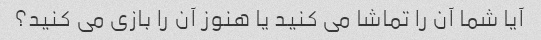
آیا شما آن را تماشا می کنید یا هنوز آن را بازی می کنید؟